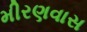
મીરણવાસ